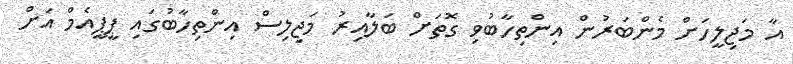
އާ މަޖިލީހަށް މެންބަރުން އިންތިހާބުވި ގޮތަށް ބަލާއިރު މަޖިލިސް އިންތިހާބުގައި ޕީޕީއެމް އަށް